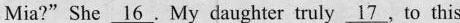
Mia?"She \underline{16}. My daughter truly \underline{17}. to this